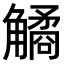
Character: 𧤾